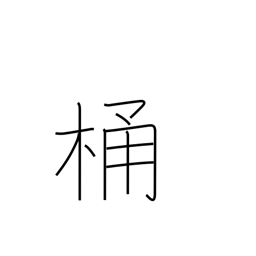
Meaning: bucket